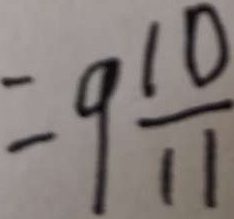
= 9 \frac { 1 0 } { 1 1 }